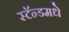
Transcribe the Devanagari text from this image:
स्टॅन्डमधे